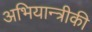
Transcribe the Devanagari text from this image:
अभियान्त्रीकी